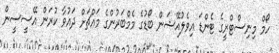
ހޯމް މިނިސްޓްރީގެ ޓެންޑަ އިވެލުއޭޝަން ބޯޑުގެ މެމްބަރުންގެ މައްޗަށް ދައުވާ ކުރަން އޭސީސީން